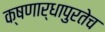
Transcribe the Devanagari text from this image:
क्षणार्धापुरतेच